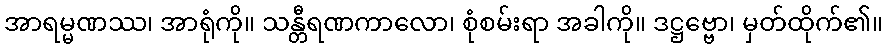
အာရမ္မဏဿ၊ အာရုံကို။ သန္တီရဏကာလော၊ စုံစမ်းရာ အခါကို။ ဒဋ္ဌဗ္ဗော၊ မှတ်ထိုက်၏။